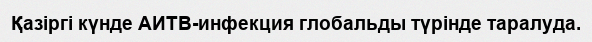
Қазіргі күнде АИТВ-инфекция глобальды түрінде таралуда.